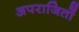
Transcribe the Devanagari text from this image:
अपराजितों